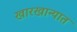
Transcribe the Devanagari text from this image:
खारखान्यात